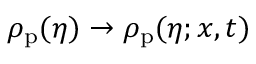
\rho _ { \mathrm { p } } ( \eta ) \to \rho _ { \mathrm { p } } ( \eta ; x , t )